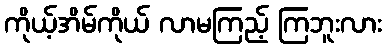
ကိုယ့်အိမ်ကိုယ် လာမကြည့် ကြဘူးလား